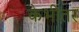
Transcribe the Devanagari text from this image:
केभीतर